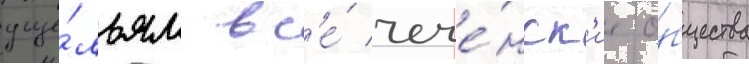
уще́льям вс'е́ чече́нск'ие о́бщества